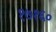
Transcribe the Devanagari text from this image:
१७१६०